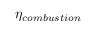
\eta _ { c o m b u s t i o n }